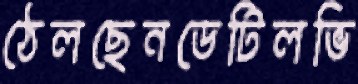
ঠেলছেনডেটিলভি